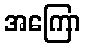
အကြော